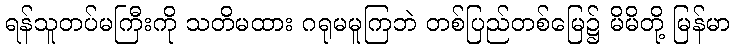
ရန်သူတပ်မကြီးကို သတိမထား ဂရုမမူကြဘဲ တစ်ပြည်တစ်မြေ၌ မိမိတို့ မြန်မာ